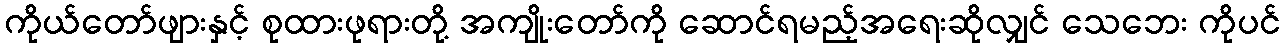
ကိုယ်တော်ဖျားနှင့် စုထားဖုရားတို့ အကျိုးတော်ကို ဆောင်ရမည့်အရေးဆိုလျှင် သေဘေး ကိုပင်